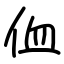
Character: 侐